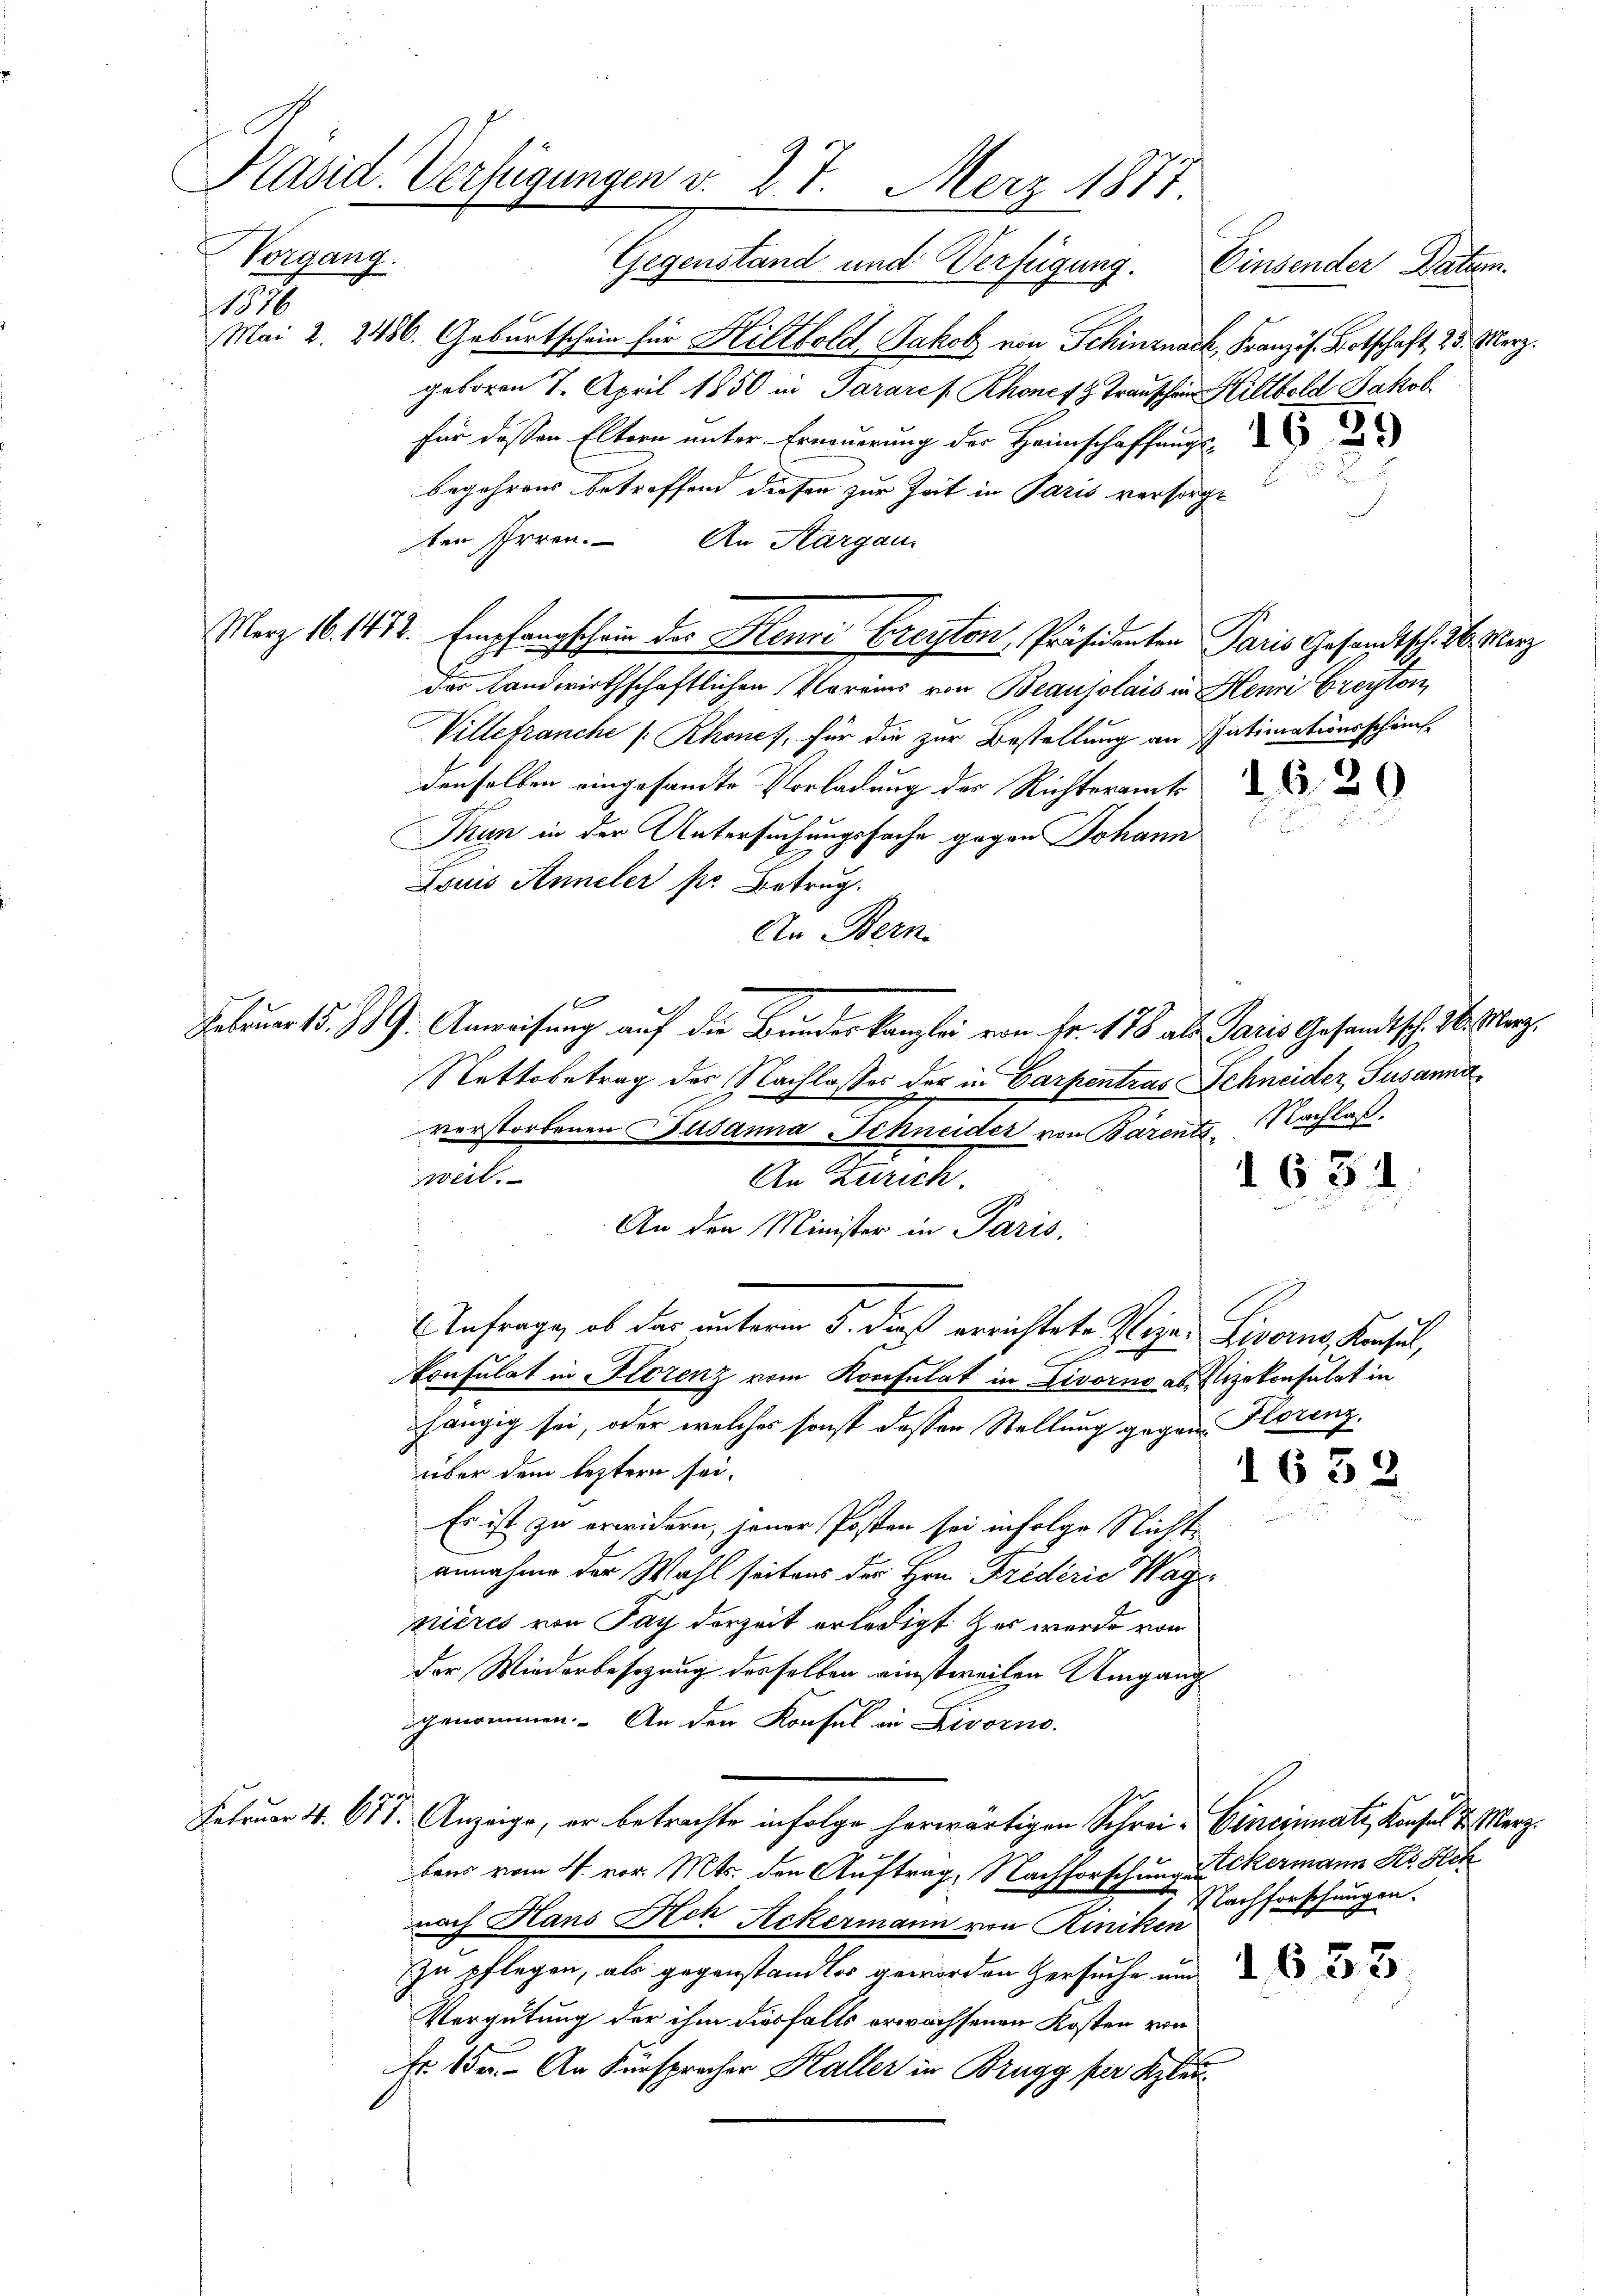
Gegenstand und Verfügung. Einsender Datum.
Mai 2. 2486. Geburtschein für Hiltbold Jakob von Schinznack, Franzis Botschaft 25. März.
geboren 7. April 1850 in Pararef. Rhonefz Trauschen Hiltbold Jakob
für deßen Eltern unter Erneuerung der Heimschaffungs- u
begehrens betreffend diesen zur Zeit in Paris versorge
ten Irren. An Aargau.
Merz 16. 1472. Empfangschein der Henri Freyton, Präsidenten Paris Gesandtsch. 26. Marz
das Landwirthschaftlichen Voreins von Beausolais in Henri Freyton,
Villefranche (Rhones, für die zur Bestellung an Intimationsscheins.
denselben eingesamte Vorladung der Richteramt
Thun in der Untersuchungssache gegen Johann
Louis Anneler pr. Betrug.
An Bern.
1t
Februar d. 19. Anweisung auf die Bundeskanzlei von Fr. 178 als Paris Gesandtsch. M. Merz,
Sattobetrag des Nachlasses der in Garpentras Schneider, Susanna
verstorbenen Susanna Schneider von Bärents Nachlaß
weil.
An Zürich.
 681.
An den Minister in Paris,
Anfrage, ob der unterm 5. daß errichtete Vigan Livorno, Konsul,
Konsulat in Florenz vom Konsulat in Livorno als Vizekonsulat in
hängig sei, oder welches sonst dessen Stellung gegen Horenzüber dem leztern sei-
1633
Es ist zu erwidern, jener Posten sei infolge Nicht
annahme der Wahl seitens der Hrn. Friderie Wagnières von Pay derzeit erledigt es wurde von
der Wiederbesizung desselben einstweilen Umgang
genommen. An den Konsul in Livorno.
Februar 41. 618. Anzeige, er betrachte infolge herwärtigen Schrei- Eineinnati, Konsul d. Merz
bens vom 4. vor. Mts. den Auftrag, Nachforschung in Skermann Hs. Hech
Nachforschungen.
nach Hans Ach Ackermann von Riniken
zu pflegen, als gegenstandler geworden Versuche und 22
Vergütung der ihm diesfalls erwachsenen Kosten von
Fr. 15. An Fürsprecher Haller in Brugg per Klau¬

Vorgang.
11318

Präsid. Verfügungen v. 27. Merz 1877.